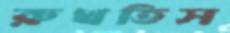
রুখতিস